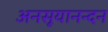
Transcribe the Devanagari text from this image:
अनसूयानन्‍दन